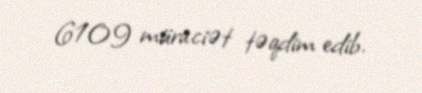
6109 müraciət təqdim edib.